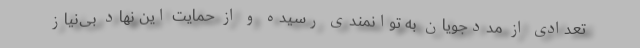
تعدادی از مددجویان به توانمندی رسیده و از حمایت این نهاد بی‌نیاز